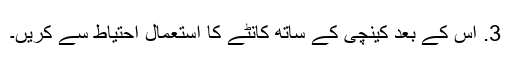
3. اس کے بعد کینچی کے ساتھ کانٹے کا استعمال احتیاط سے کریں۔